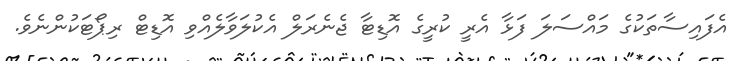
އެފައިސާތަކުގެ މައްސަލަ ފަޅާ އެރީ ކުރީގެ އޮޑިޓާ ޖެނެރަލް އެކުލަވާލެއްވި އޮޑިޓް ރިޕޯޓަކުންނެވެ.